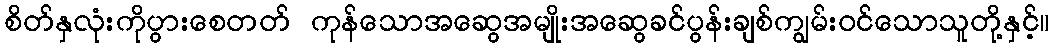
စိတ်နှလုံးကိုပွားစေတတ် ကုန်သောအဆွေအမျိုးအဆွေခင်ပွန်းချစ်ကျွမ်းဝင်သောသူတို့နှင့်။